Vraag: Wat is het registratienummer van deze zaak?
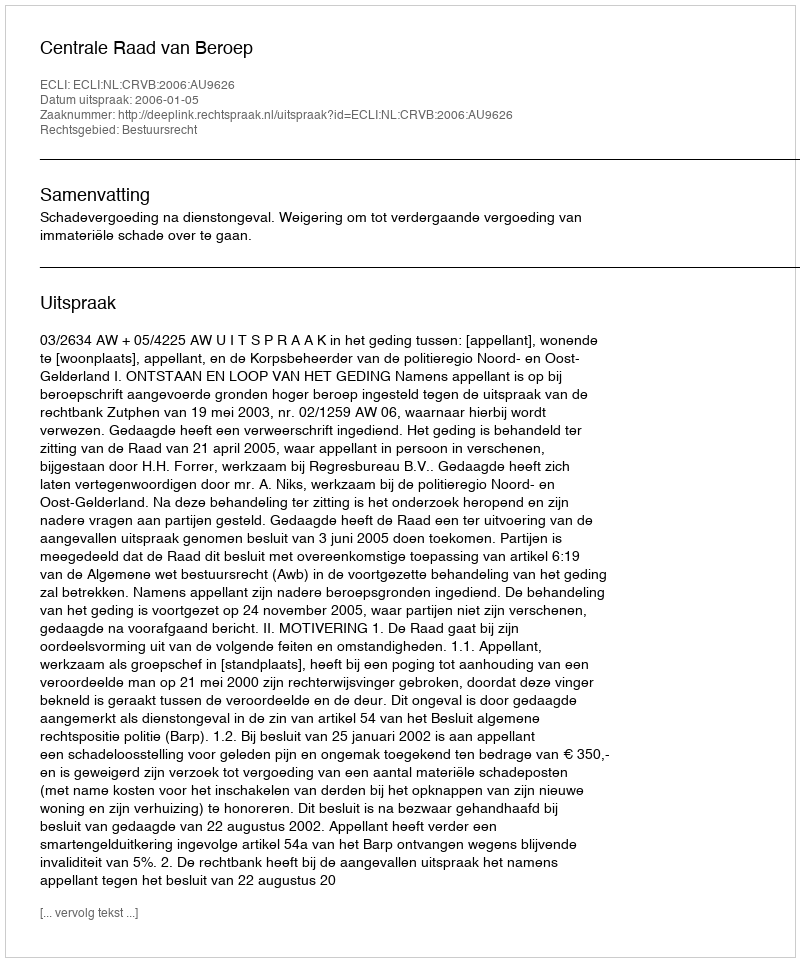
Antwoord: http://deeplink.rechtspraak.nl/uitspraak?id=ECLI:NL:CRVB:2006:AU9626